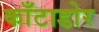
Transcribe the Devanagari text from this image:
काँटाडोर